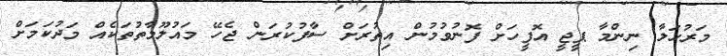
މަރުހަލާ ނިންމާ ޕީޖީ އޮފީހަށް ފޮނުވުމުން އިތުރަށް ސާފުކުރަން ޖެހޭ މައުލޫމާތުތަކެއް މަދުކަމަށް